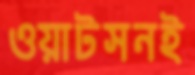
ওয়াটসনই